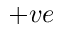
+ v e